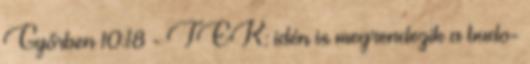
Győrben 10:18 - TEK: idén is megrendezik a budo-